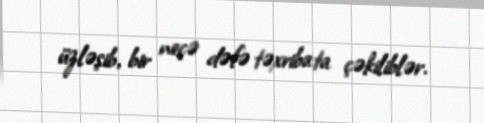
üzləşib, bir neçə dəfə təxribata çəkiliblər.